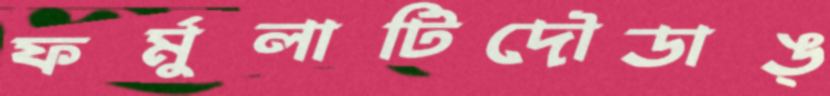
ফর্মুলাটিদৌডাঙ্